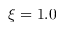
\xi = 1 . 0